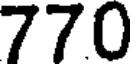
770